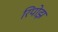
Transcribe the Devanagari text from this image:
रिपोझ